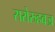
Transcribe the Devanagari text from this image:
सरोरुहवज्र